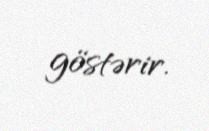
göstərir.